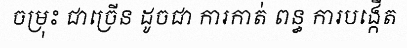
ចម្រុះ ជាច្រើន ដូចជា ការកាត់ ពន្ធ ការបង្កើត